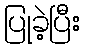
ပြုခဲ့ပြီး